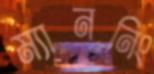
ম্যাননিং